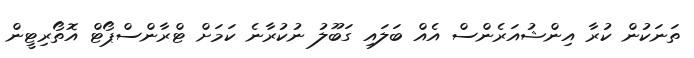
ތަނަކުން ކުރާ އިންޝުއަރެންސް އެއް ބަލައި ގަބޫލު ނުކުރާނެ ކަމަށް ޓްރާންސްޕޯޓް އޮތޯރިޓީން